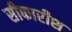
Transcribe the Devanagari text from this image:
सीफारीश